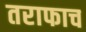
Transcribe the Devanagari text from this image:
तराफाच